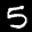
Label: 5